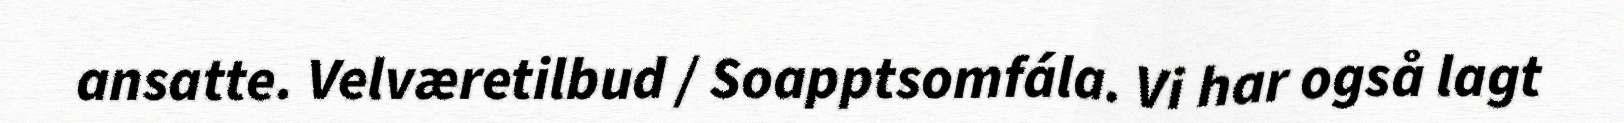
ansatte. Velværetilbud / Soapptsomfála. Vi har også lagt